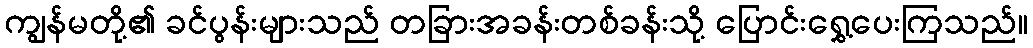
ကျွန်မတို့၏ ခင်ပွန်းများသည် တခြားအခန်းတစ်ခန်းသို့ ပြောင်းရွှေ့ပေးကြသည်။